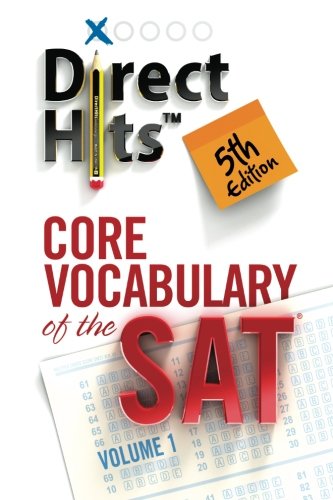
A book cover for Direct Hits Core Vocabulary of the SAT 5th Edition (2013) (Volume 1); Direct Hits; Test Preparation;